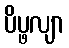
ပိပ္ဖလျာ